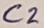
Text: C2